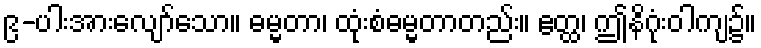
၉-ပါးအားလျော်သော။ ဓမ္မတာ၊ ထုံးစံဓမ္မတာတည်း။ ဧတ္ထ၊ ဤနိဂုံးဝါကျ၌။